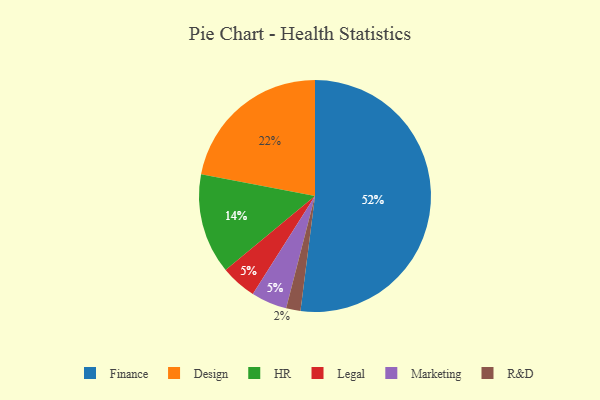
{"axis": {"x": "Category", "y": "Percentage"}, "legend": ["Design", "Finance", "HR", "Legal", "Marketing", "R&D"], "data": [{"x": "R&D", "y": 2, "type": "R&D"}, {"x": "Legal", "y": 5, "type": "Legal"}, {"x": "Design", "y": 22, "type": "Design"}, {"x": "Marketing", "y": 5, "type": "Marketing"}, {"x": "HR", "y": 14, "type": "HR"}, {"x": "Finance", "y": 52, "type": "Finance"}]}